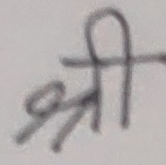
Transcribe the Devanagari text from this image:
श्री